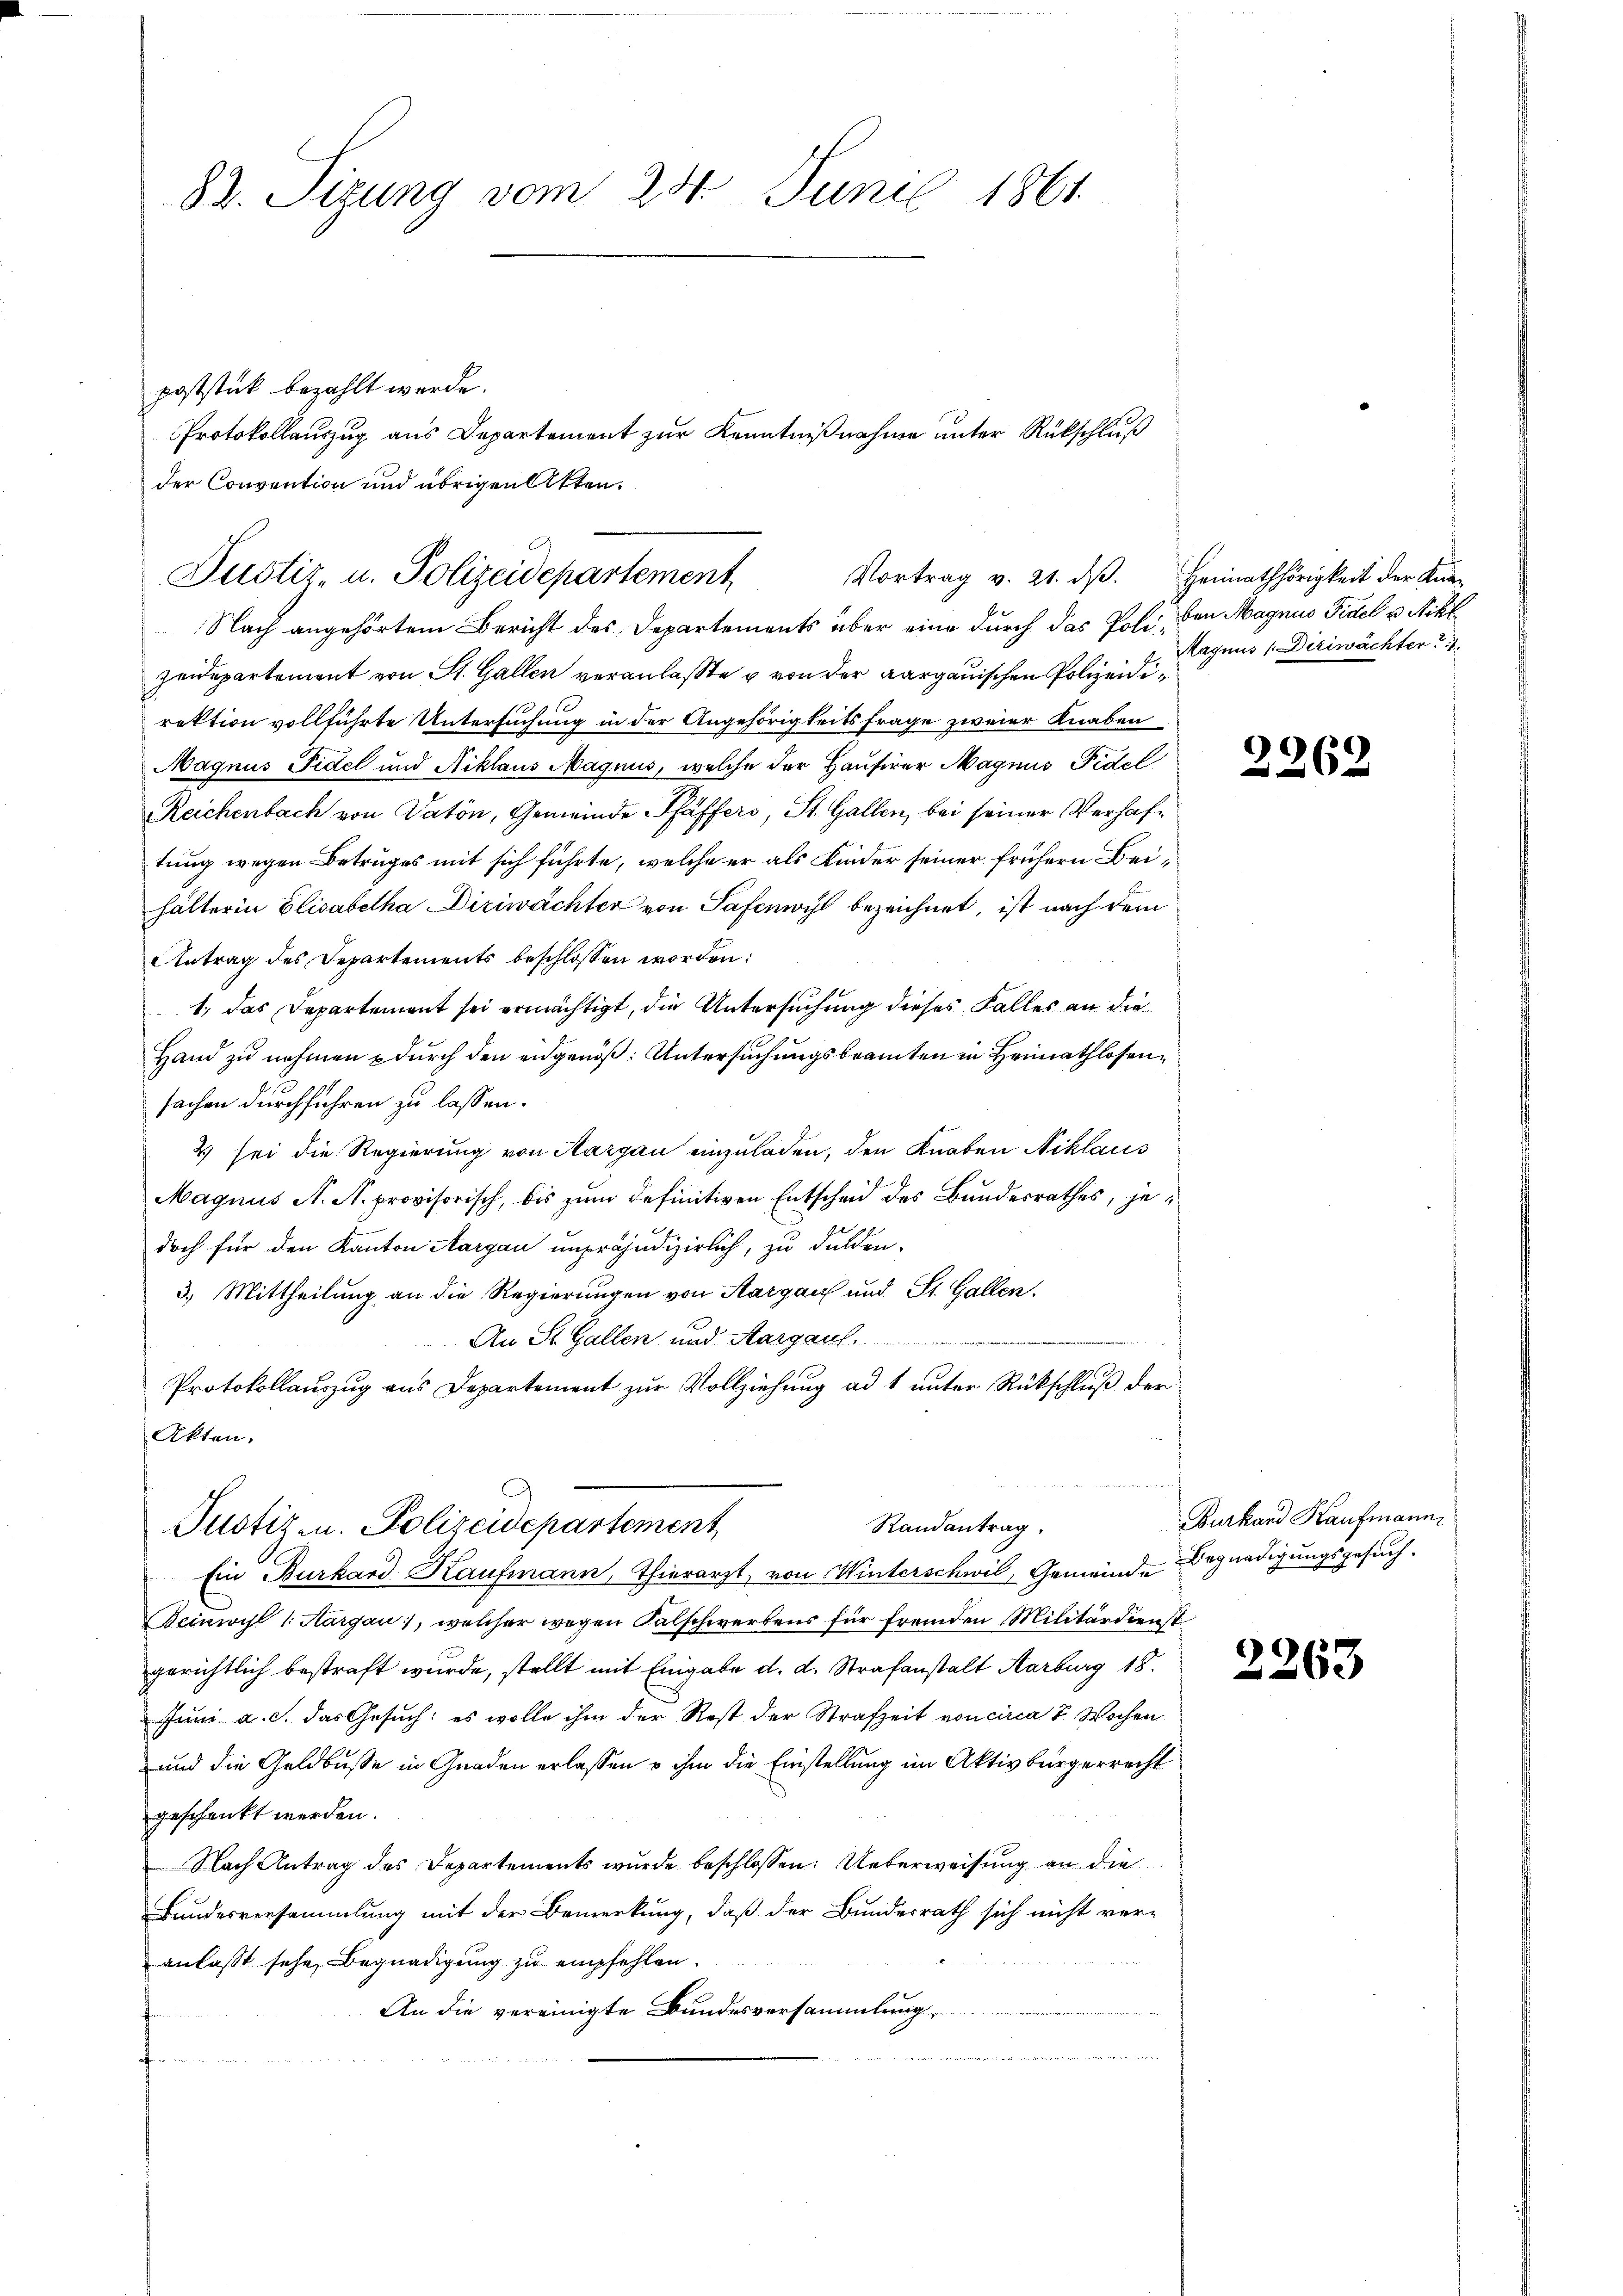
83. Sizung vom 24. Juni 1861

Nach angehörtem Bericht des Departements über eine durch das Polizeidepartement von St. Gallen veranlaßte & von der aargauischen Polizeidirektion vollführte Untersuchung in der Angehörigkeits Frage zweier Knaben
Magnus Fidel und Niklaus Magnus, welche der Hausirer Magnus Fidel
Reichenbach von Vaton, Gemeinde Pfäffers, St. Gallen, bei seiner Verhaftung wegen Betruges mit sich führte, welche er als Kinder seiner frühern Beihälterin Elisabetha Diriwächter von Safewohl bezeichnet, ist nach dem
Antrag des Departements beschlossen worden:
1. das Departement sei ermächtigt, die Untersuchung dieses Falles an die
Hand zu nehmen & durch den eidgenöß: Untersuchungsbeamten in Heimathlosensachen durchführen zu lassen.
2) sei die Regierung von Aargau einzuladen, den Knaben Niklaus
Magnus N. N. provisorisch, bis zum definitiven Entscheid des Bundesrathes, jedoch für den Kanton Aargau unpräjudizierlich, zu dulden-
3.) Mittheilung an die Regierungen von Aargau und St. Gallen.
An St. Gallen und Aargau

Protokollauszug aus Departement zur Vollziehung ad 1 unter Rückschluß der
Akten.

poststick bezahlt werde.
der Convention und übrigen Akten.
Vortrag v. 21. dβ. Heimathörigkeit der Kan-
Justiz- u. Polizeidepartement

Protokollauszug aus Departement zur Kenntnißnahme unter Rückschluß

Randantrag.
Justiz- u. Polizeidepartement

Ein Burkard Kaufmann, Thierarzt, von Winterschwil, Gemeinde Begnadigungsgesuch.
Beinwyl 1. Aargau, welcher wegen Falschwerbens für fremden Militärdienst
gerichtlich bestraft wurde, stellt mit Eingabe d. d. Strafanstalt Karburg 18.
Juni a. c. das Gesuch: es wolle ihm der Rest der Strafzeit von circa 8 Wochen
und die Geldbuße in Gnaden erlassen u ihm die Einstellung im Aktivbürgerrecht
geschenkt werden.
Nach Antrag des Departements wurde beschlossen: Ueberweisung an die
Bundesversammlung mit der Bemerkung, daß der Bundesrath sich nicht ver-
anlasst sehe, Begnadigung zu empfehlen.
An die vereinigte Bundesversammlung,
ea

ben Magnus Fidel u. Nikl
Magnus /:Diriwächter

2262

Burkard Kaufmann,

2263